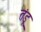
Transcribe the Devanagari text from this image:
तंडू